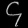
Digit: ၄